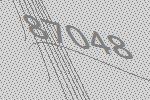
87048